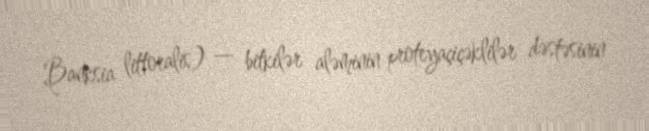
Banksia littoralis) — bitkilər aləminin proteyaçiçəklilər dəstəsinin